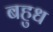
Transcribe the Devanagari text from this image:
बहुध